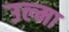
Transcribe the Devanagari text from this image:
उल्मा